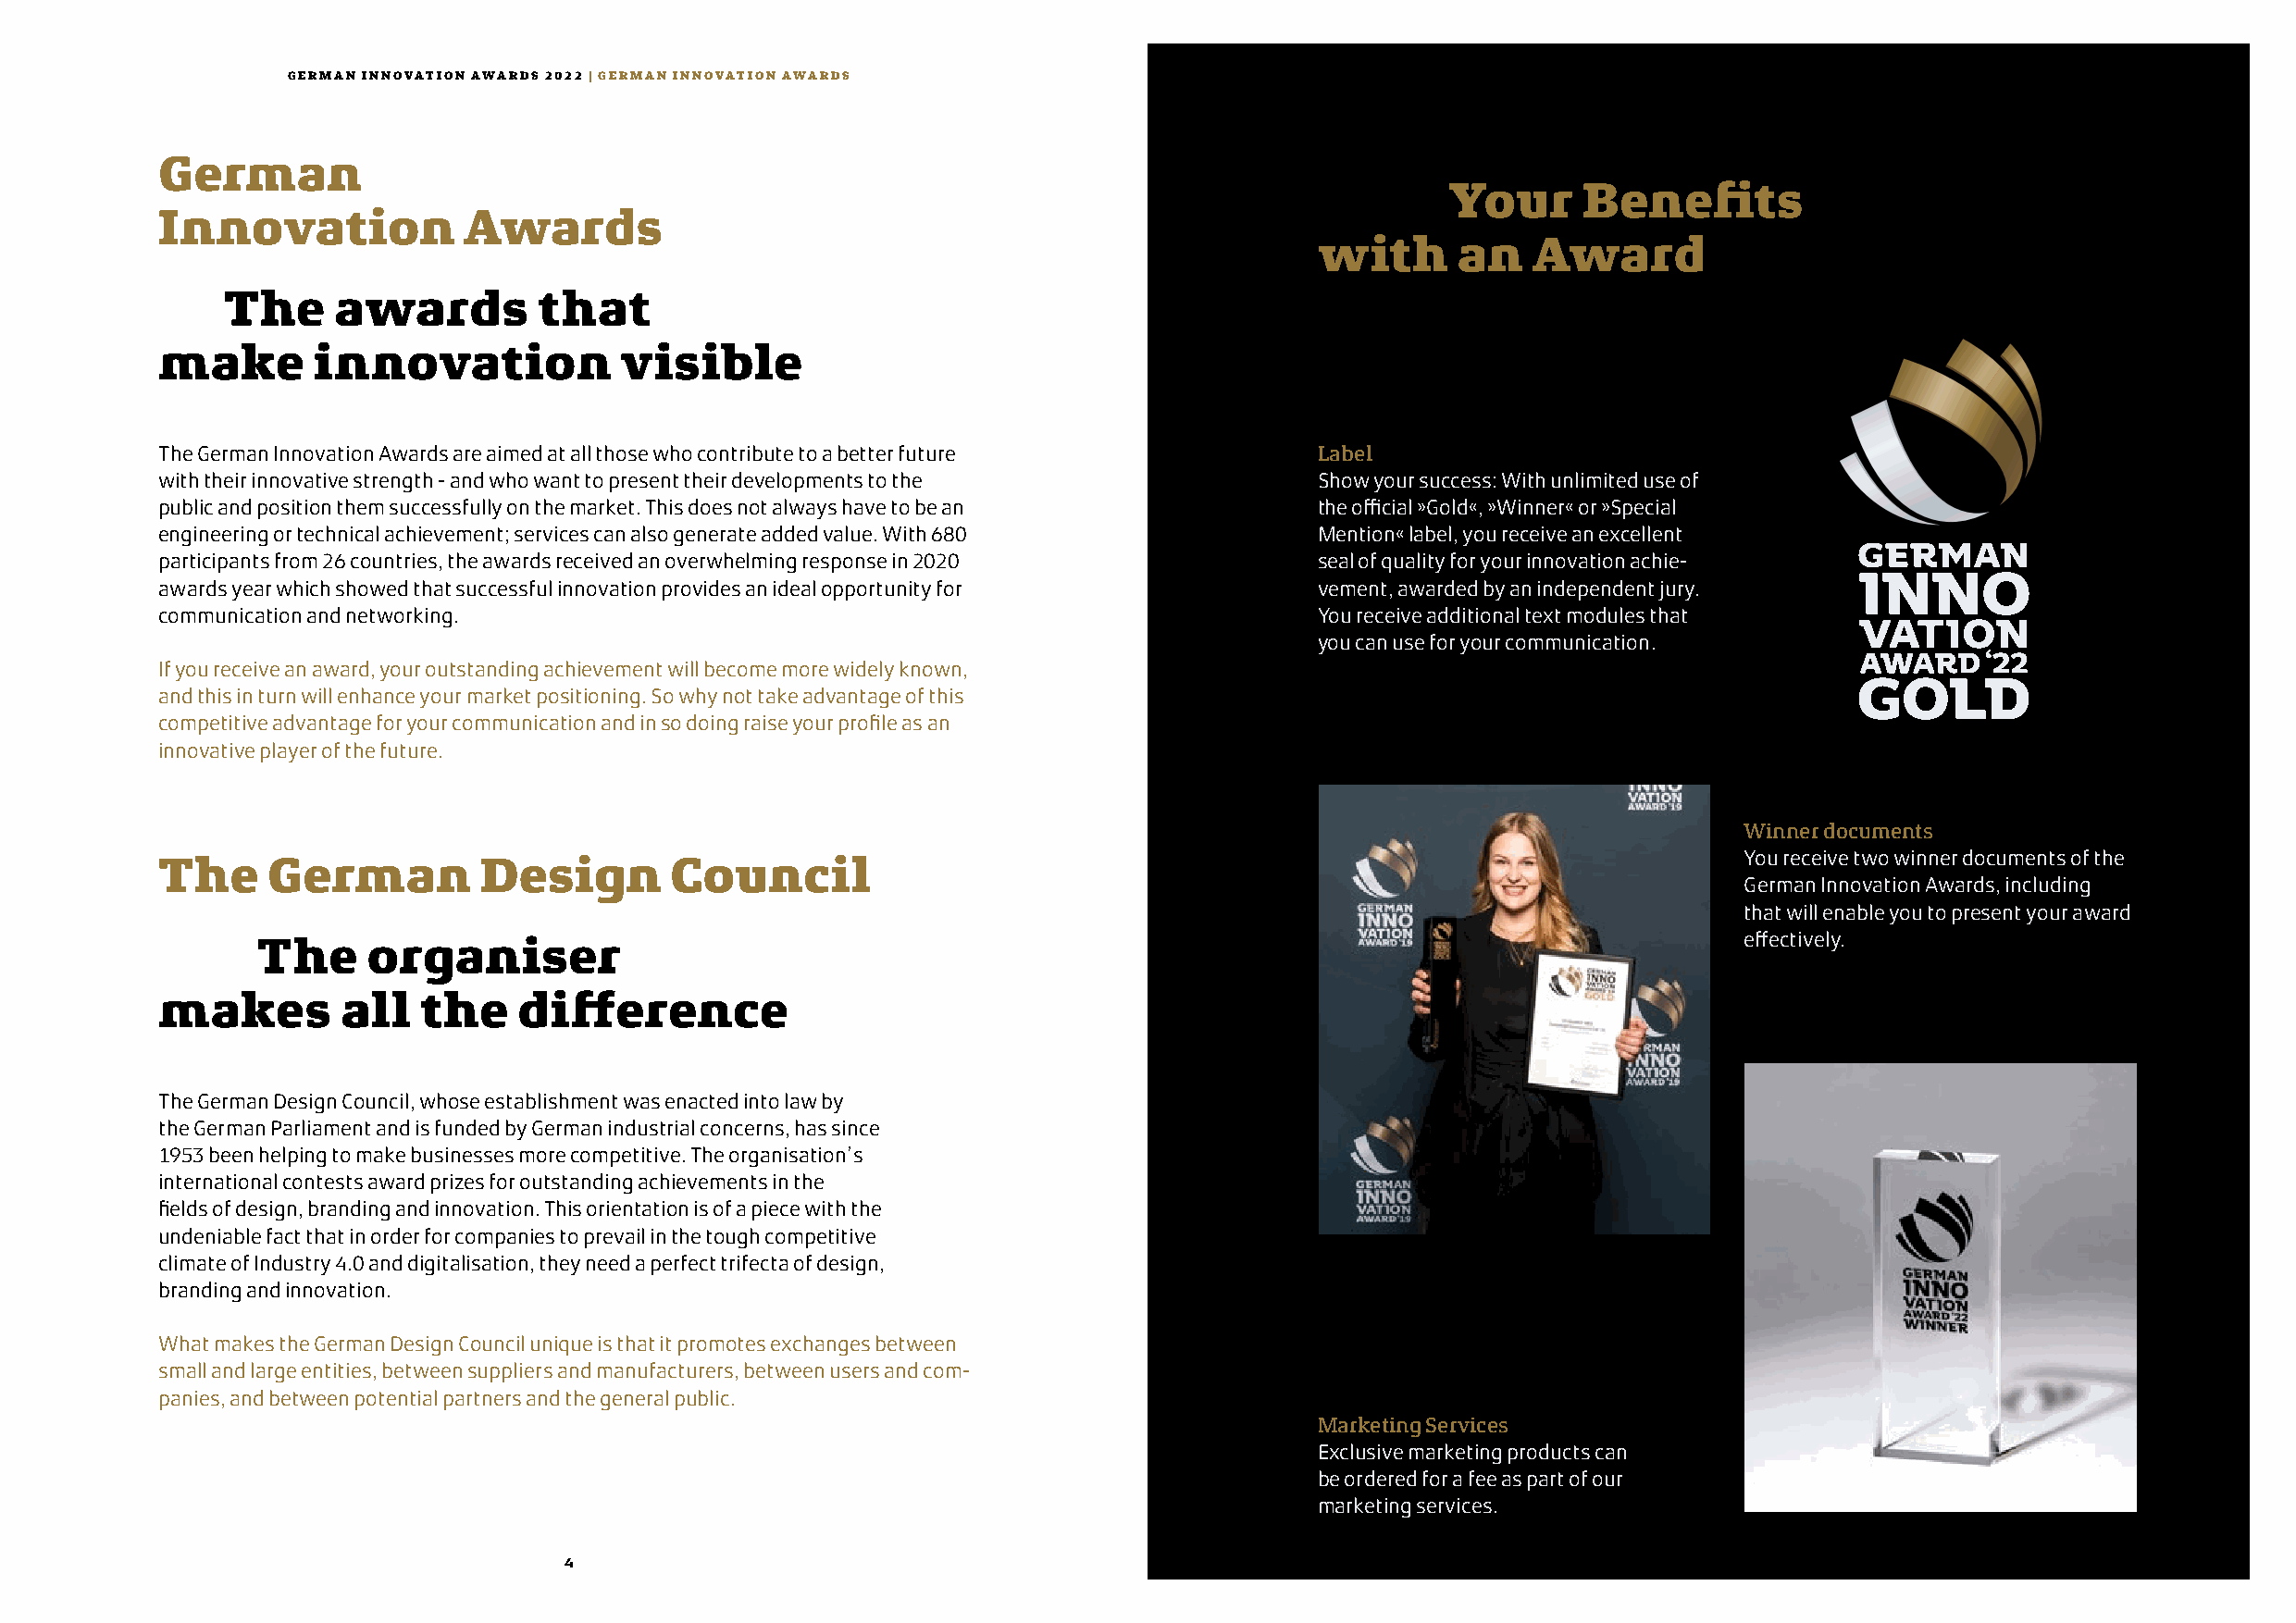
GERMAN INNOVATION AWARDS 2022 | GERMAN INNOVATION AWARDS                                 GERMAN INNOVATION AWARDS 2022 | KAPITEL
 German
 Your     Benefits
 Innovation            Awards
 with      an    Award
 The     awards        that
 make       innovation            visible
 The German Innovation Awards are aimed at all those who contribute to a better future Label
 with their innovative strength - and who want to present their developments to the Show your success: With unlimited use of
 public and position them successfully on the market. This does not always have to be an the official »Gold«, »Winner« or »Special
 engineering or technical achievement; services can also generate added value. With 680 Mention« label, you receive an excellent
 participants from 26 countries, the awards received an overwhelming response in 2020 seal of quality for your innovation achie-
 awards year which showed that successful innovation provides an ideal opportunity for vement, awarded by an independent jury.
 communication and networking.                                                      You receive additional text modules that
 you can use for your communication.
 If you receive an award, your outstanding achievement will become more widely known,
 and this in turn will enhance your market positioning. So why not take advantage of this
 competitive advantage for your communication and in so doing raise your profile as an
 innovative player of the future.
 Winner documents
 The     German         Design        Council                                                                      You receive two winner documents of the
 German Innovation Awards, including
 that will enable you to present your award
 The     organiser                                                                                          effectively.
 makes        all   the    difference
 The German Design Council, whose establishment was enacted into law by
 the German Parliament and is funded by German industrial concerns, has since
 1953 been helping to make businesses more competitive. The organisation’s
 international contests award prizes for outstanding achievements in the
 fields of design, branding and innovation. This orientation is of a piece with the
 undeniable fact that in order for companies to prevail in the tough competitive
 climate of Industry 4.0 and digitalisation, they need a perfect trifecta of design,
 branding and innovation.
 What makes the German Design Council unique is that it promotes exchanges between
 small and large entities, between suppliers and manufacturers, between users and com-
 panies, and between potential partners and the general public.
 Marketing Services
 Exclusive marketing products can
 be ordered for a fee as part of our
 marketing services.
 4                                                                                  5